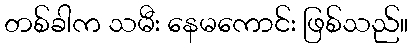
တစ်ခါက သမီး နေမကောင်း ဖြစ်သည်။